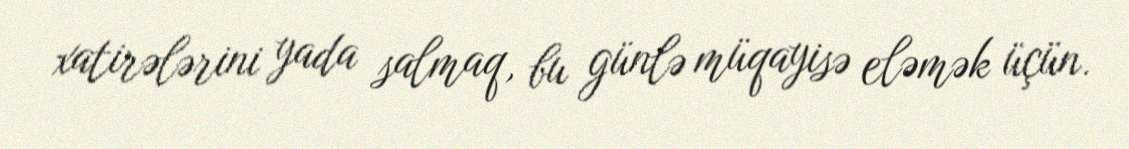
xatirələrini yada salmaq, bu günlə müqayisə eləmək üçün.